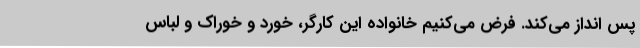
پس انداز می‌کند. فرض می‌کنیم خانواده این کارگر، خورد و خوراک و لباس